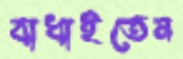
বাধাইতেন